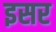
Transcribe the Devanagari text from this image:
इसर